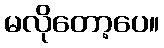
မလိုတော့ပေ။